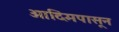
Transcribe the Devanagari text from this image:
आदिमपासून